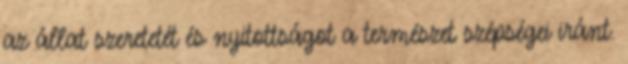
az állat szeretetét és nyitottságot a természet szépségei iránt.